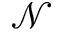
\mathcal { N }